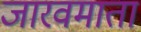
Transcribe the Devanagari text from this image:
जारवमाता